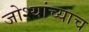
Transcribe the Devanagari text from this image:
जोश्यांच्याच